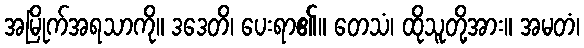
အမြိုက်အရသာကို။ ဒဒေတိ၊ ပေးရာ၏။ တေသံ၊ ထိုသူတို့အား။ အမတံ၊